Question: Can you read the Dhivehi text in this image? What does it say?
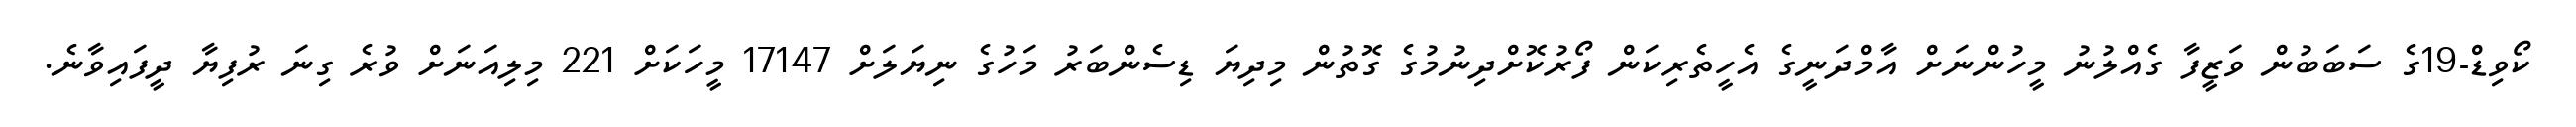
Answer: ކޯވިޑް-19ގެ ސަބަބުން ވަޒީފާ ގެއްލުނު މީހުންނަށް އާމްދަނީގެ އެހީތެރިކަން ފޯރުކޮށްދިނުމުގެ ގޮތުން މިދިޔަ ޑިސެންބަރު މަހުގެ ނިޔަލަށް 17147 މީހަކަށް 221 މިލިއަނަށް ވުރެ ގިނަ ރުފިޔާ ދީފައިވާނެ.